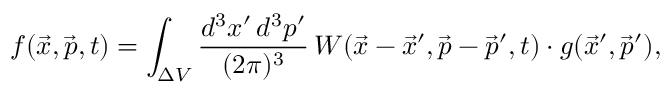
f ( \vec { x } , \vec { p } , t ) = \int _ { \Delta V } { \frac { d ^ { 3 } x ^ { \prime } \, d ^ { 3 } p ^ { \prime } } { ( 2 \pi ) ^ { 3 } } } \, W ( \vec { x } - \vec { x } ^ { \prime } , \vec { p } - \vec { p } ^ { \prime } , t ) \cdot g ( \vec { x } ^ { \prime } , \vec { p } ^ { \prime } ) ,